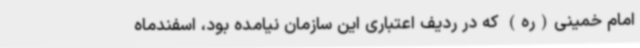
امام خمینی(ره) که در ردیف اعتباری این سازمان نیامده بود، اسفندماه